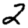
Digit: 2